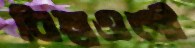
বিশ্বওলী